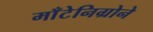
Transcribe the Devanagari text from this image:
माँटेनिग्रोने